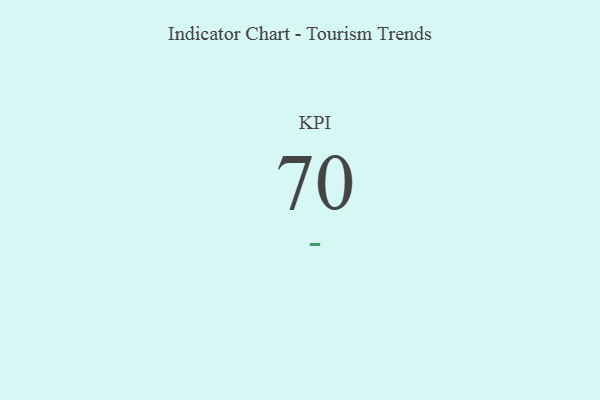
{"axis": {"x": "KPI", "y": "Value"}, "legend": [""], "data": [{"x": "KPI", "y": 70, "type": ""}]}